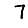
Digit: 7